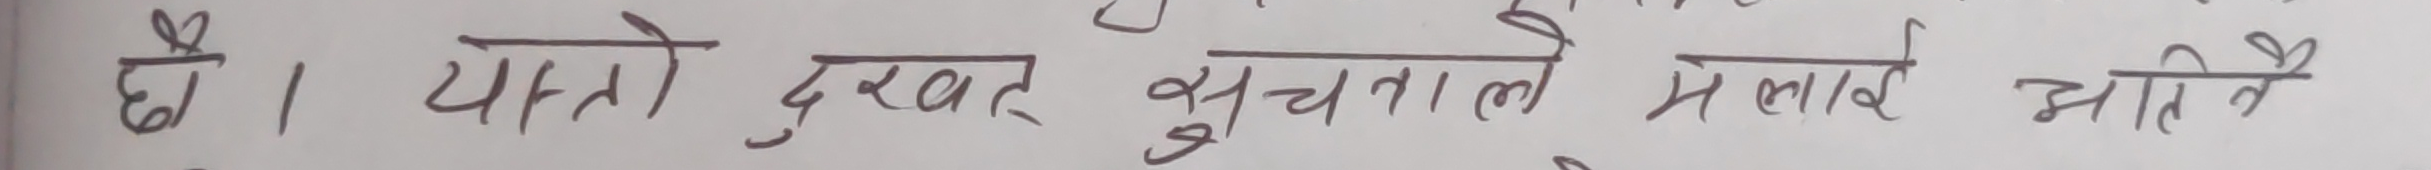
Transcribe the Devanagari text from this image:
छ। यस्तो दुख्ने सुचाउने मलाई अति नै